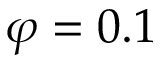
\varphi = 0 . 1